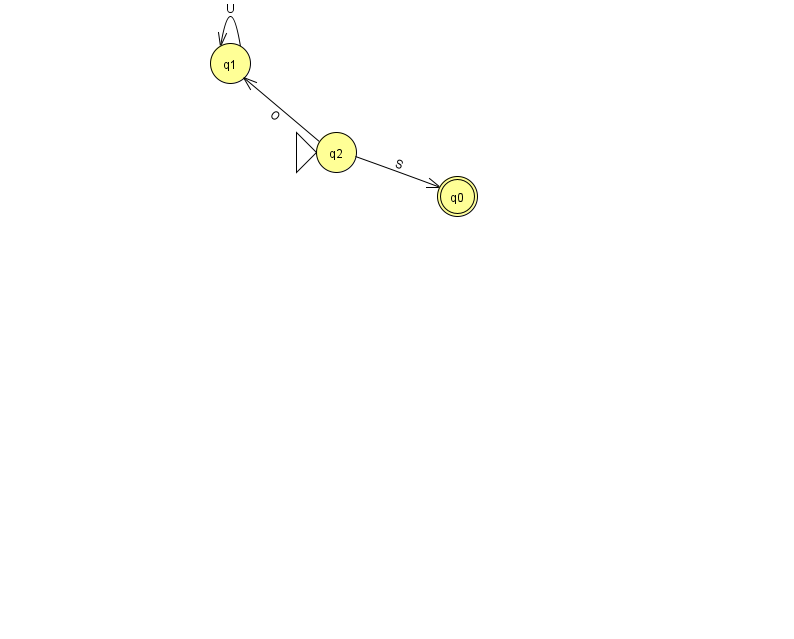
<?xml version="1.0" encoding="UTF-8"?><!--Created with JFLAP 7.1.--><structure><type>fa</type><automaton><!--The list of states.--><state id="0" name="q0"><x>457.0</x><y>183.0</y><final/></state><state id="1" name="q1"><x>230.0</x><y>50.0</y></state><state id="2" name="q2"><x>336.0</x><y>139.0</y><initial/></state><!--The list of transitions.--><transition><from>1</from><to>1</to><read>U</read></transition><transition><from>2</from><to>1</to><read>O</read></transition><transition><from>2</from><to>0</to><read>S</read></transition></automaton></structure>